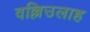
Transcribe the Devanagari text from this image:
वल्लिउलाह